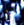
علي